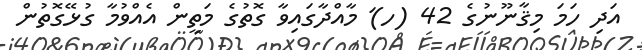
އަދި ހަމަ މިޤާނޫނުގެ 42 (ހ)ަ މާއްދާގައިވާ ގޮތުގެ މަތީން އެއްވުމާ ގުޅޭގޮތުން